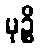
မုဉ္စိ